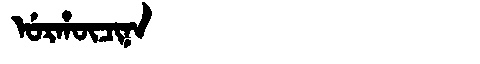
Manchu: ᡠᡵᡥᡡᠴᡳᠨᠠ
Romanization: URHŪCINA